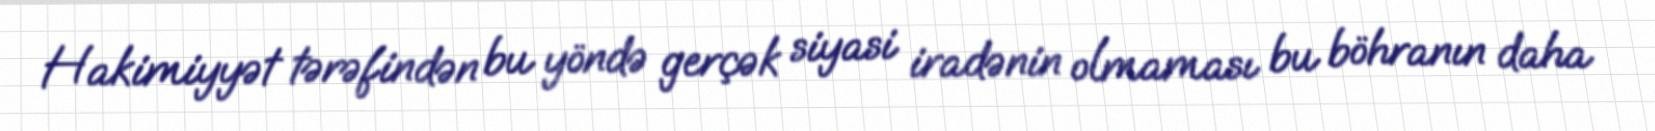
Hakimiyyət tərəfindən bu yöndə gerçək siyasi iradənin olmaması bu böhranın daha